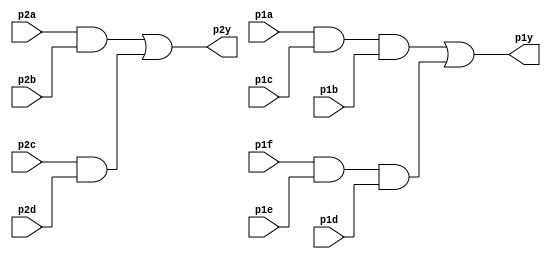
`timescale 1ns / 1ps

module chip_7458 ( 
    input p1a, p1b, p1c, p1d, p1e, p1f,
    output p1y,
    input p2a, p2b, p2c, p2d,
    output p2y );

    wire and_one; 
    wire and_two; 
    wire and_three; 
    wire and_four; 
    wire or_one; 
    wire or_two; 

    assign and_one = p2a & p2b; 
    assign and_two = p2c & p2d; 
    assign p2y = and_one | and_two; 

    assign and_three = p1a & p1c & p1b; 
    assign and_four = p1f & p1e & p1d; 
    assign p1y = and_three | and_four; 

endmodule



module testbench();
reg p1a, p1b, p1c, p1d, p1e, p1f;
wire p1y;
reg p2a, p2b, p2c, p2d;
wire p2y;
integer i; 

chip_7458 dut (
.p1a(p1a), .p1b(p1b), .p1c(p1c), .p1d(p1d), .p1e(p1e), .p1f(p1f),
.p1y(p1y),
.p2a(p2a), .p2b(p2b), .p2c(p2c), .p2d(p2d),
.p2y(p2y)
);

initial begin
  $dumpfile("7458_chip.vcd");
  $dumpvars(0, testbench);
end

initial begin
for (i = 0; i < 64; i = i +1) begin
// Set inputs
p1a = i[0]; p1b = i[1]; p1c = i[2]; p1d = i[3]; p1e = i[4]; p1f = i[5];
p2a = i[6]; p2b = i[7]; p2c = i[8]; p2d = i[9];
#1;
$display("Input = %b %b %b %b %b %b %b %b %b %b", p1a, p1b, p1c, p1d, p1e, p1f, p2a, p2b, p2c, p2d);
$display("Output = %b %b", p1y, p2y);
end
end
endmodule